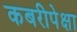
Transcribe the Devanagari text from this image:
कबरीपेक्षा